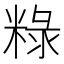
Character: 粶